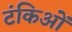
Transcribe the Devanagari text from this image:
टंकिओं